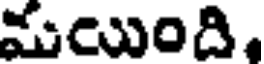
మయింది,